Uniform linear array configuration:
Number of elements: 4
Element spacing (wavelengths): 0.25
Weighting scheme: cosine
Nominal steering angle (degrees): -60
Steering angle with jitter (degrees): -58.223
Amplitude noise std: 0.05
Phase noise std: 0.05

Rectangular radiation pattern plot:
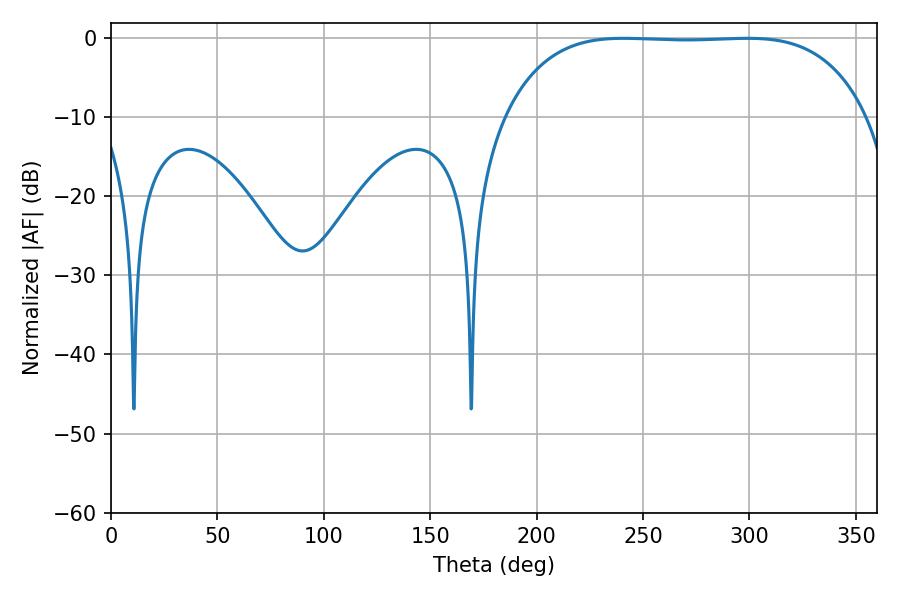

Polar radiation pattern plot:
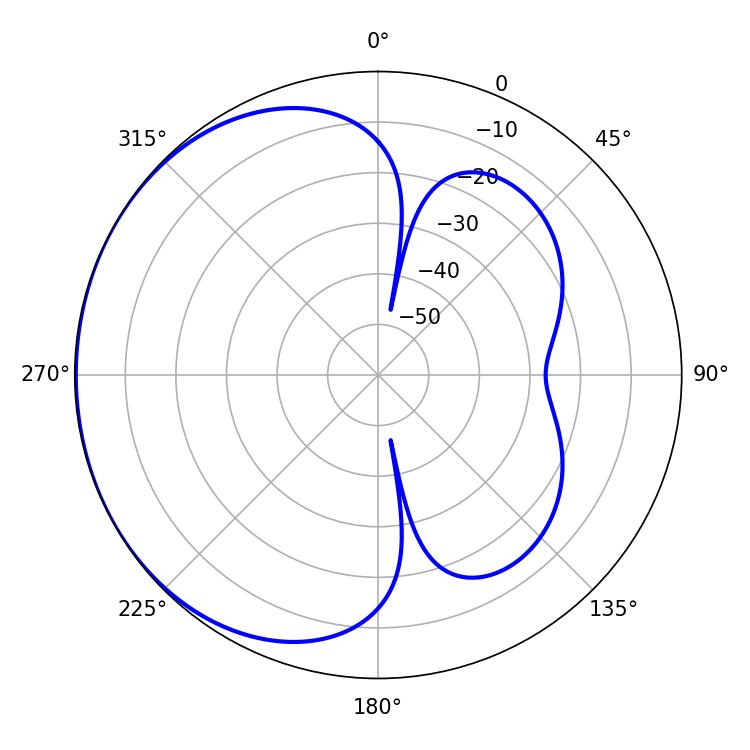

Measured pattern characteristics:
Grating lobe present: FALSE
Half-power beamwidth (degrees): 132.12
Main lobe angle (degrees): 240.84